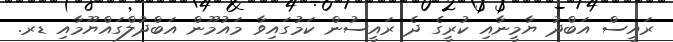
ރައީސް އަބްދު ޔާމީނާއި ކުރީގެ ދެ ރައީސުން ކަމުގައިވާ މައުމޫން އަބްދުލްގައްޔޫމާއި ޑރ.